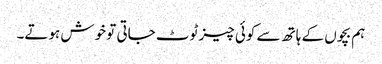
ہم بچوں کے ہاتھ سے کوئی چیز ٹوٹ جاتی تو خوش ہوتے۔